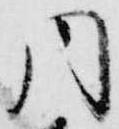
同